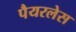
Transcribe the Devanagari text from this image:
पैयरलेस